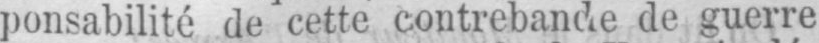
ponsabilité de cette contrebande de guerre